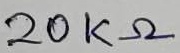
Text: 20KΩ